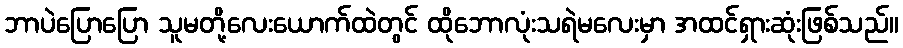
ဘာပဲပြောပြော သူမတို့လေးယောက်ထဲတွင် ထိုဘောလုံးသရဲမလေးမှာ အထင်ရှားဆုံးဖြစ်သည်။